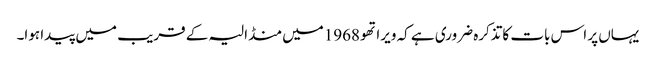
یہاں پر اس بات کاتذکرہ ضروری ہے کہ ویراتھو 1968میں منڈالیہ کے قریب میں پیدا ہوا۔